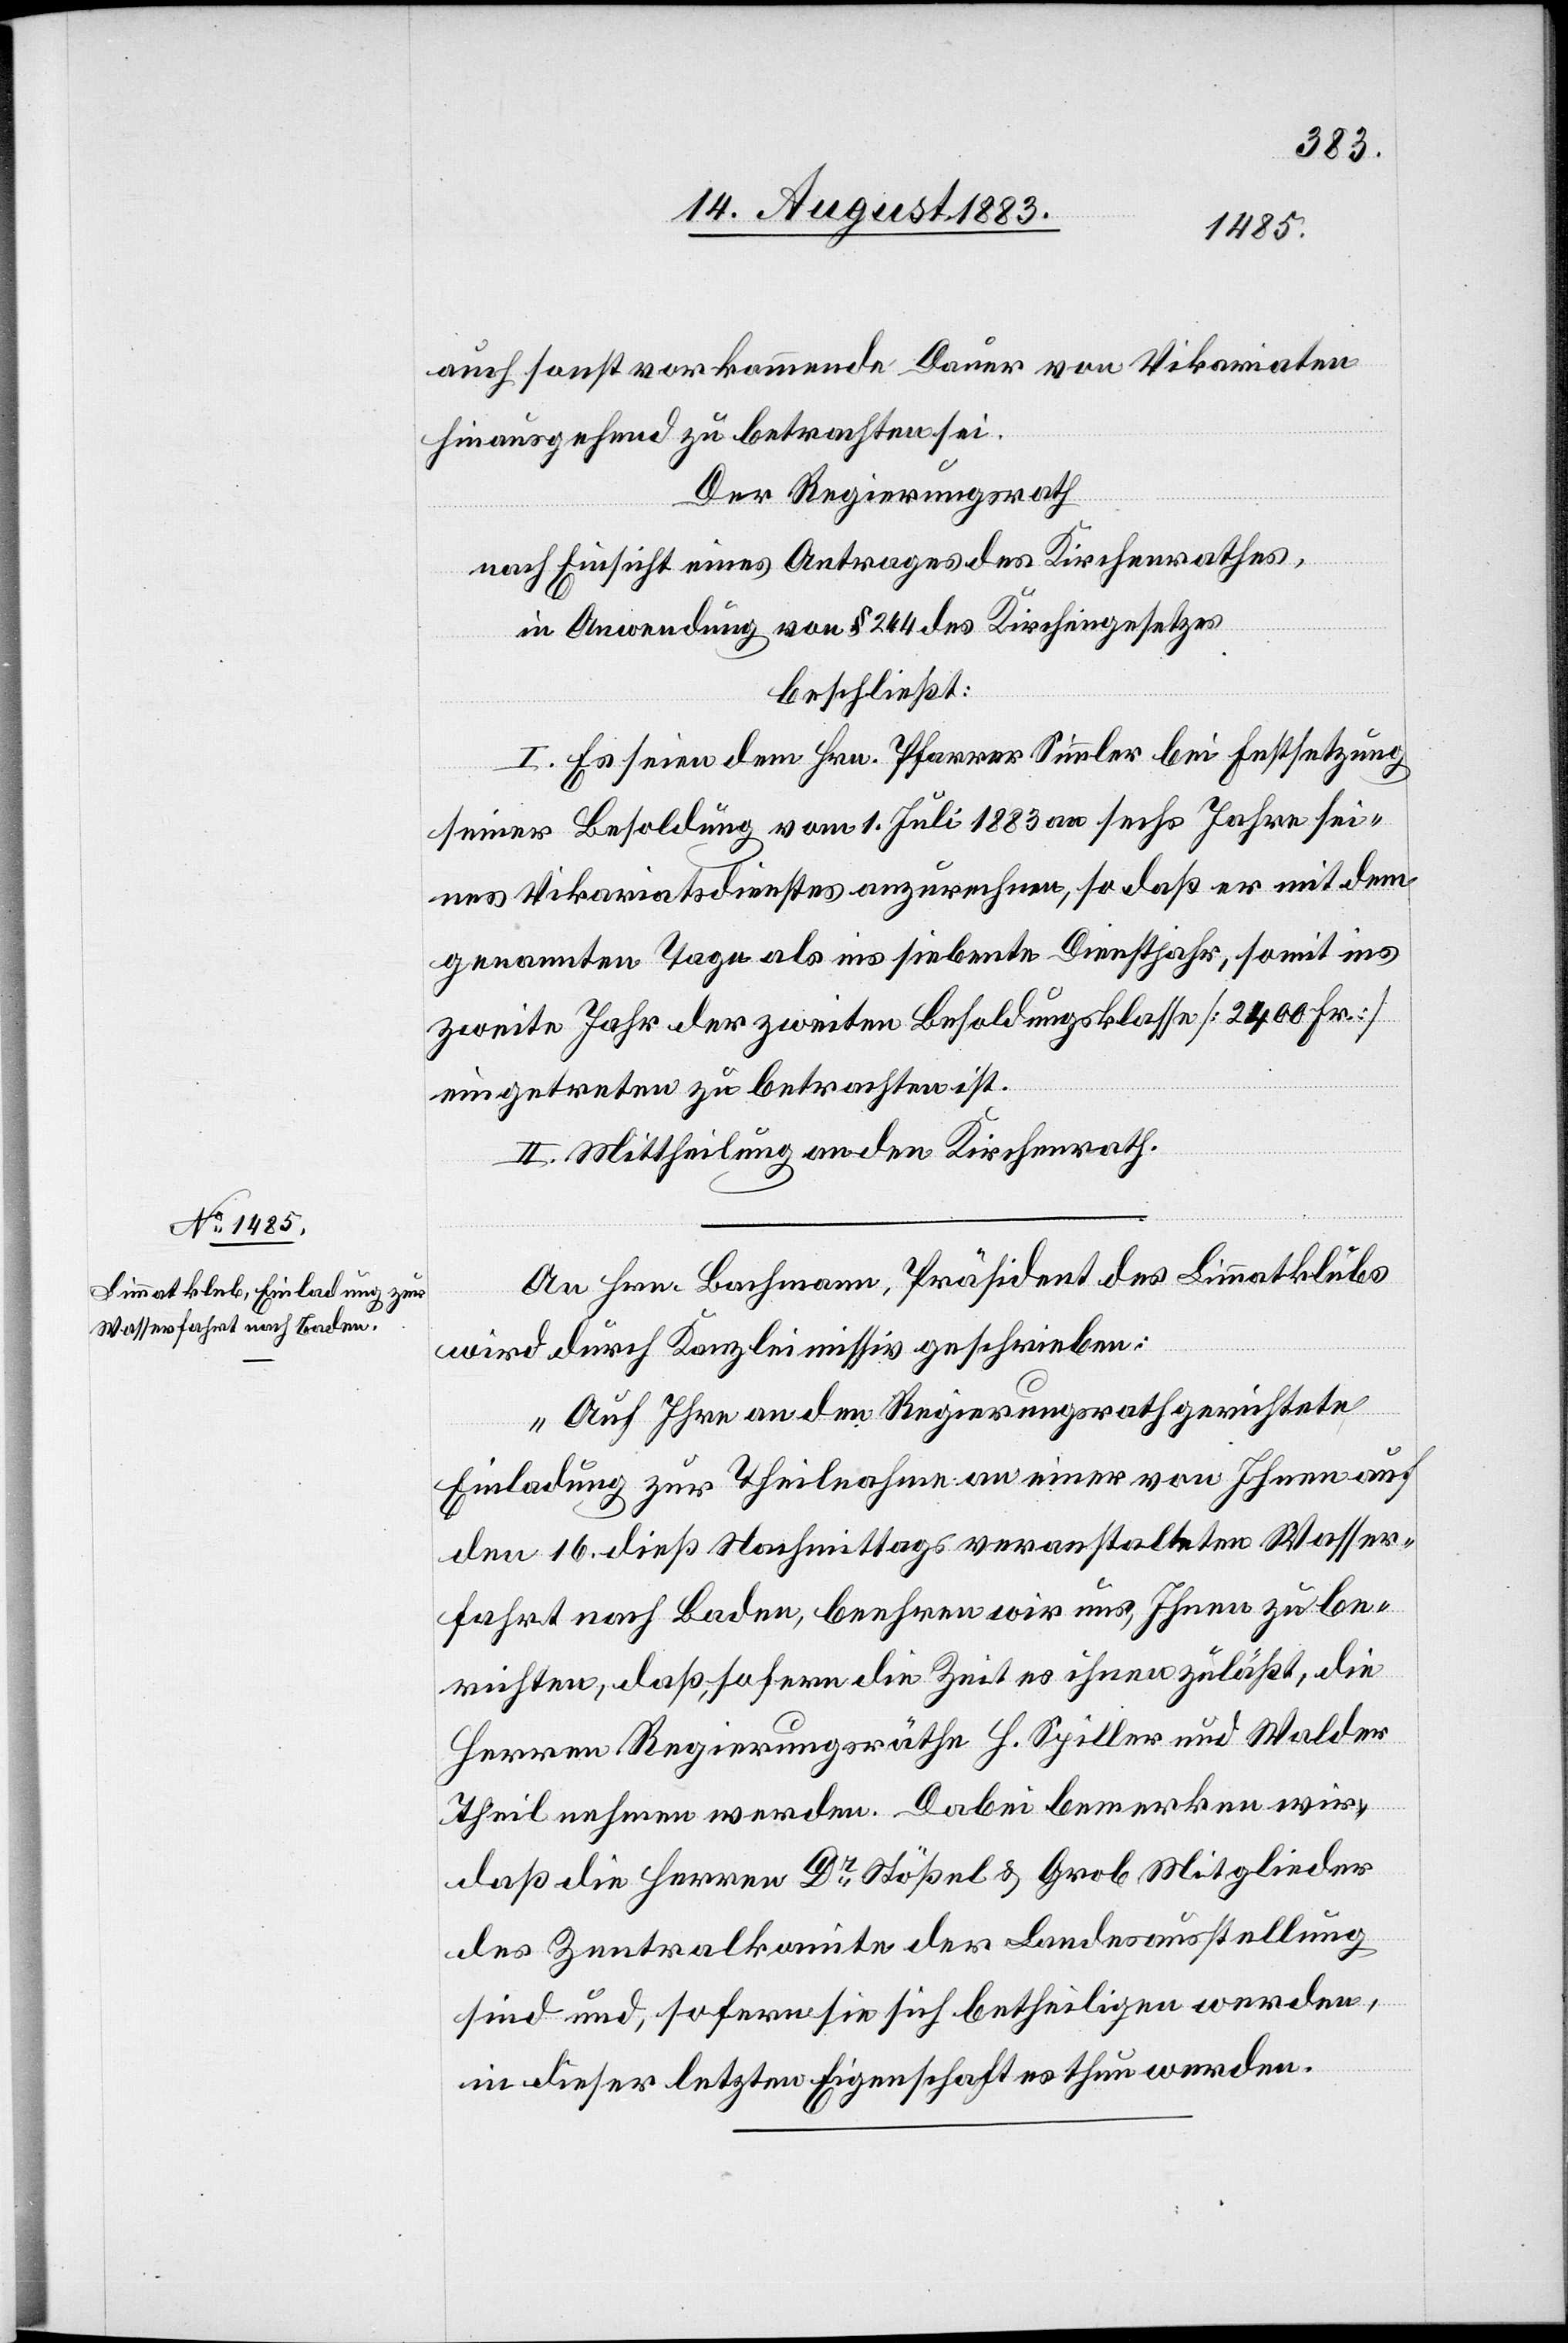
auch sonst vorkommende Dauer von Vikariates
hinausgehend zu betrachten sei.
Der Regierungsrath,
nach Einsicht eines Antrages des Kirchenrathes,
in Anwendung von § 244 des Kirchengesetzes,
beschließt:
I. Es seien dem Hrn. Pfarrer Simmler bei Festsetzung
seiner Besoldung vom 1. Juli 1883 an sechs Jahre sei¬
nes Vikariatsdienstes anzurechnen, so daß er mit dem
genannten Tage als ins siebente Dienstjahr, somit ins
zweite Jahr der zweiten Besoldungsklasse [2400 Fr.]
eingetreten zu betrachten ist.
II. Mittheilung an den Kirchenrath.
An Hrn. Bachmann, Präsident des Limmatklubs
wird durch Kanzleimissiv geschrieben:
„Auf Ihre an den Regierungsrath gerichtete
Einladung zur Theilnahme an einer von Ihnen auf
den 16. dieß Nachmittags veranstalteten Wasser¬
fahrt nach Baden, beehren wir uns, Ihnen zu be¬
richten, daß so fern die Zeit es ihnen zuläßt, die
Herren Regierungsräthe H. Spiller und Walder
Theil nehmen werden. Dabei bemerken wir,
daß die Herren Dr Stößel & Grob Mitglieder
des Zentralkomite der Landesausstellung
sind und, sofern sie sich betheiligen werden,
in dieser letzten Eigenschaft es thun werden.“